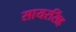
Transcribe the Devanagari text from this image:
सायरसिंह